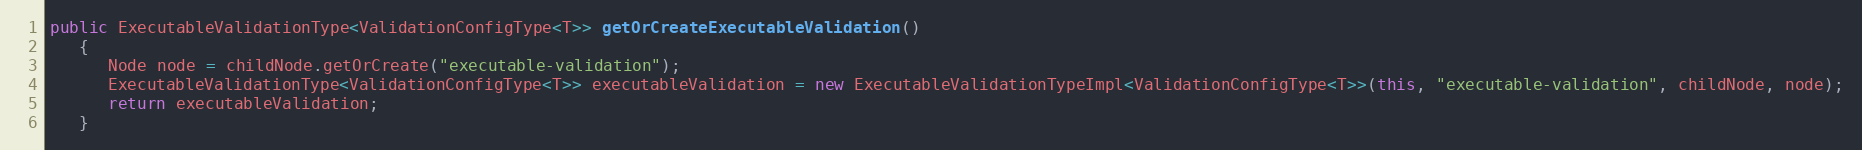
Language: Java
public ExecutableValidationType<ValidationConfigType<T>> getOrCreateExecutableValidation()
   {
      Node node = childNode.getOrCreate("executable-validation");
      ExecutableValidationType<ValidationConfigType<T>> executableValidation = new ExecutableValidationTypeImpl<ValidationConfigType<T>>(this, "executable-validation", childNode, node);
      return executableValidation;
   }